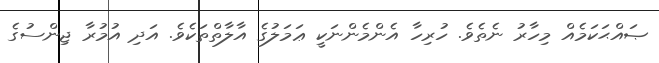
ޞައްޙަކަމެއް މިހާރު ނެތެވެ. ހުރިހާ އެންމެންނަކީ ޢަމަލުގެ އާލާތްތަކެވެ. އަދި އުމުރާ ޖިންސުގެ